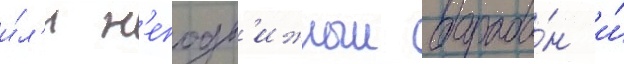
и́л'и н'еподв'ижныи бараба́н и́